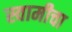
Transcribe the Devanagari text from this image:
स्वामीचा